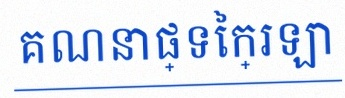
គណនាផ្ទៃក្រឡា